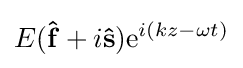
E(\mathbf {\hat {f}} +i\mathbf {\hat {s}} )\mathrm {e} ^{i(kz-\omega t)}